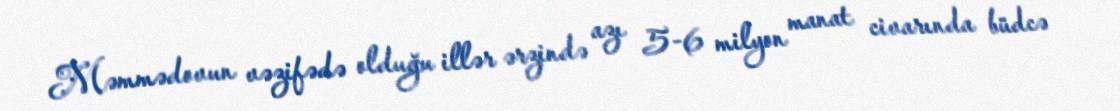
Məmmədovun vəzifədə olduğu illər ərzində azı 5-6 milyon manat civarında büdcə